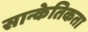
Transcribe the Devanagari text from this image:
सान्केतिकता